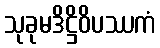
သုခုမဒိဋ္ဌိဝိပဿကံ